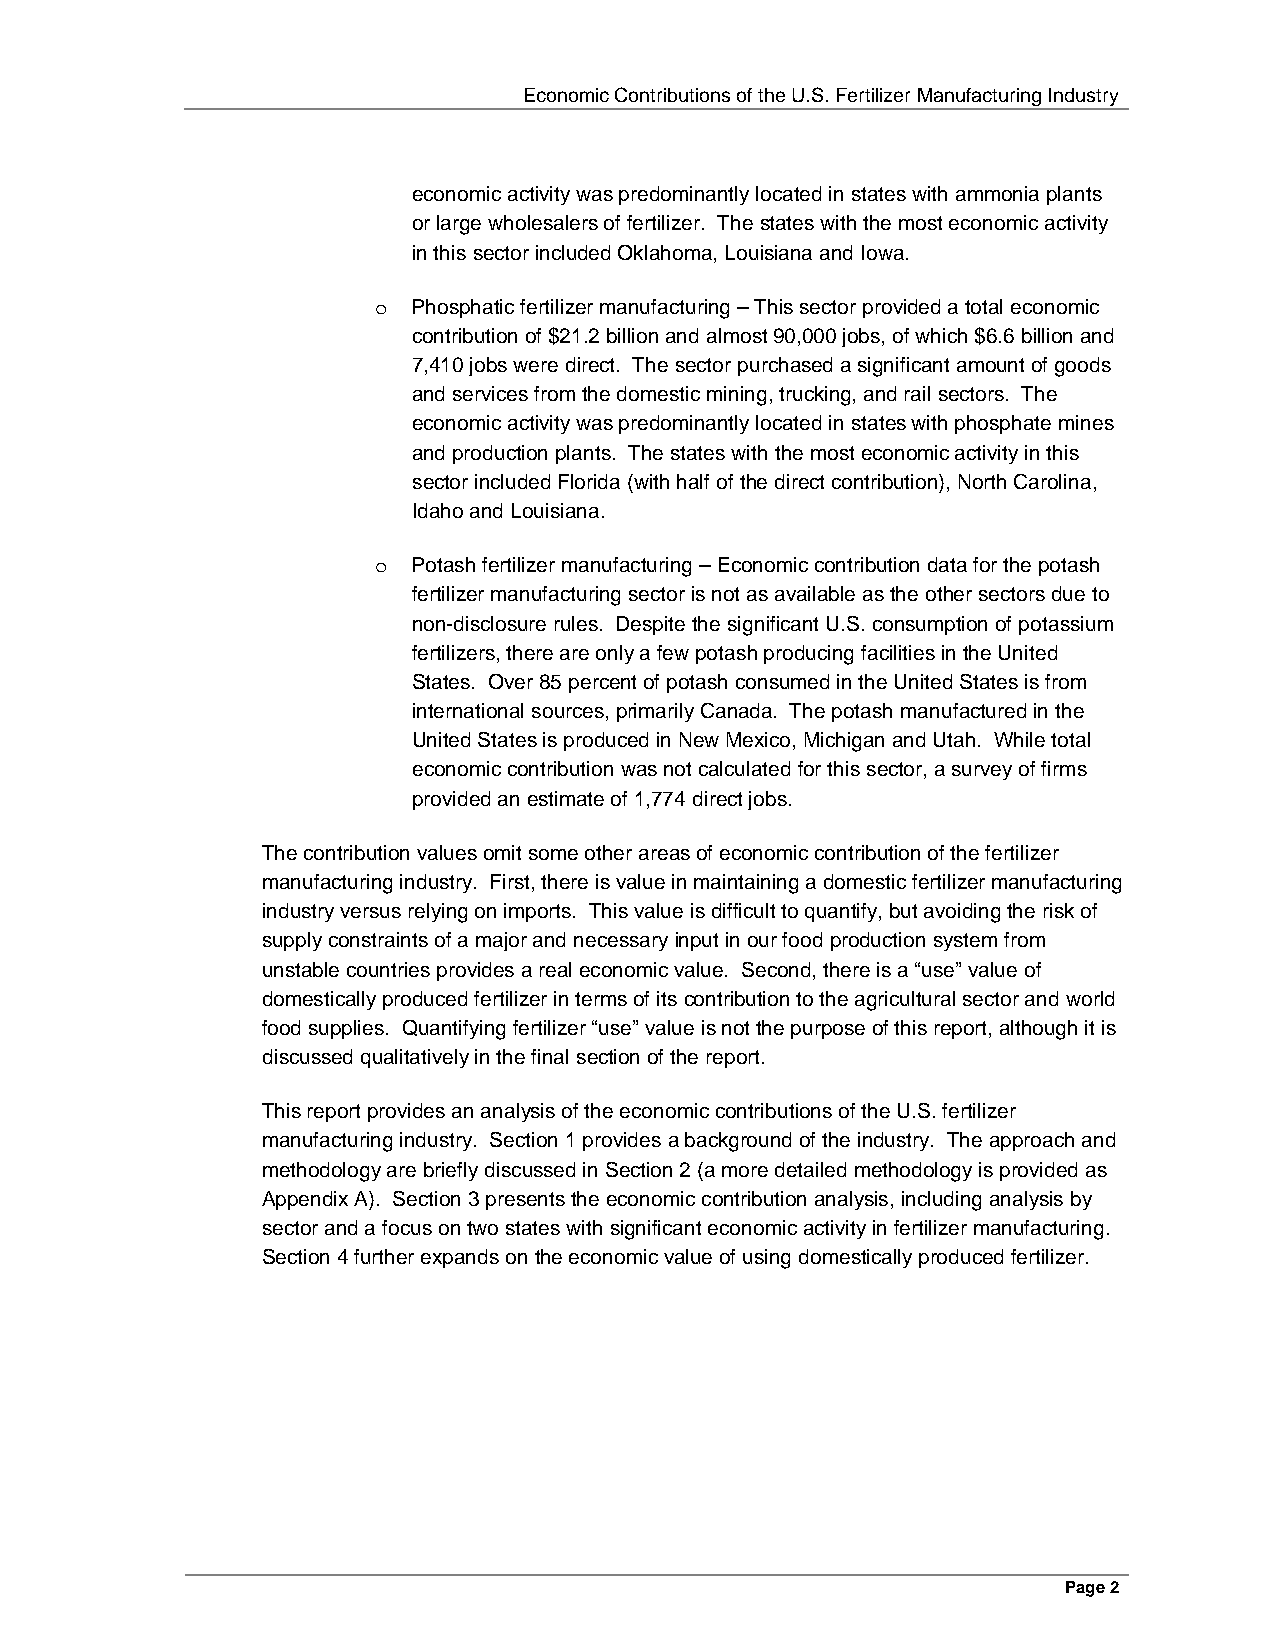
Economic Contributions of the U.S. Fertilizer Manufacturing Industry
 economic activity was predominantly located in states with ammonia plants
 or large wholesalers of fertilizer. The states with the most economic activity
 in this sector included Oklahoma, Louisiana and Iowa.
 o Phosphatic fertilizer manufacturing – This sector provided a total economic
 contribution of $21.2 billion and almost 90,000 jobs, of which $6.6 billion and
 7,410 jobs were direct. The sector purchased a significant amount of goods
 and services from the domestic mining, trucking, and rail sectors. The
 economic activity was predominantly located in states with phosphate mines
 and production plants. The states with the most economic activity in this
 sector included Florida (with half of the direct contribution), North Carolina,
 Idaho and Louisiana.
 o Potash fertilizer manufacturing – Economic contribution data for the potash
 fertilizer manufacturing sector is not as available as the other sectors due to
 non-disclosure rules. Despite the significant U.S. consumption of potassium
 fertilizers, there are only a few potash producing facilities in the United
 States. Over 85 percent of potash consumed in the United States is from
 international sources, primarily Canada. The potash manufactured in the
 United States is produced in New Mexico, Michigan and Utah. While total
 economic contribution was not calculated for this sector, a survey of firms
 provided an estimate of 1,774 direct jobs.
 The contribution values omit some other areas of economic contribution of the fertilizer
 manufacturing industry. First, there is value in maintaining a domestic fertilizer manufacturing
 industry versus relying on imports. This value is difficult to quantify, but avoiding the risk of
 supply constraints of a major and necessary input in our food production system from
 unstable countries provides a real economic value. Second, there is a “use” value of
 domestically produced fertilizer in terms of its contribution to the agricultural sector and world
 food supplies. Quantifying fertilizer “use” value is not the purpose of this report, although it is
 discussed qualitatively in the final section of the report.
 This report provides an analysis of the economic contributions of the U.S. fertilizer
 manufacturing industry. Section 1 provides a background of the industry. The approach and
 methodology are briefly discussed in Section 2 (a more detailed methodology is provided as
 Appendix A). Section 3 presents the economic contribution analysis, including analysis by
 sector and a focus on two states with significant economic activity in fertilizer manufacturing.
 Section 4 further expands on the economic value of using domestically produced fertilizer.
 Page 2